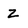
Character: Z